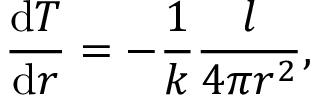
{ \frac { { \mathrm { d } } T } { { \mathrm { d } } r } } = - { \frac { 1 } { k } } { \frac { l } { 4 \pi r ^ { 2 } } } ,